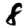
Digit: 8